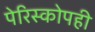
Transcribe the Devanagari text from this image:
पेरिस्कोपही